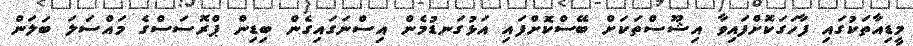
މީޑިއާތަކުގައި ފާހަގަކޮށްފައިވާ އިޝޫސްތަކަށް ބޭސްކޮށްފައި އަޅުގަނޑުމެން އިސްނަގައިގެން ބިޑިން ޕްރޮސަސްގެ މައްސަލަ ބަލަން